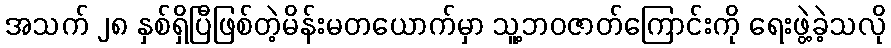
အသက် ၂၈ နှစ်ရှိပြီဖြစ်တဲ့မိန်းမတယောက်မှာ သူ့ဘဝဇာတ်ကြောင်းကို ရေးဖွဲ့ခဲ့သလို